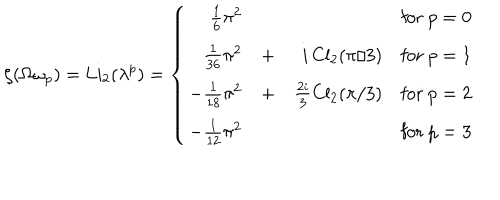
LaTeX: \zeta ( \Omega \omega _ { p } ) = \mathrm { L i } _ { 2 } ( \lambda ^ { p } ) = \left\{ \begin{array} { r r r r } { { \frac 1 6 \pi ^ { 2 } } } & { { } } & { { } } & { { \mathrm { f o r ~ } p = 0 } } \\ { { \frac 1 { 3 6 } \pi ^ { 2 } } } & { { + } } & { { i \, \mathrm { C l } _ { 2 } ( \pi / 3 ) } } & { { \mathrm { f o r ~ } p = 1 } } \\ { { - \frac 1 { 1 8 } \pi ^ { 2 } } } & { { + } } & { { \frac { 2 i } { 3 } \mathrm { C l } _ { 2 } ( \pi / 3 ) } } & { { \mathrm { f o r ~ } p = 2 } } \\ { { - \frac 1 { 1 2 } \pi ^ { 2 } } } & { { } } & { { } } & { { \mathrm { f o r ~ } p = 3 } } \\ \end{array} \right.